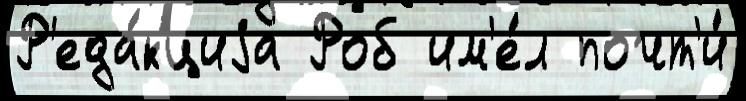
Р'еда́кциjа Роб им'е́л почт'и́